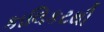
કાલિકટથી